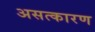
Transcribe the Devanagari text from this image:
असत्कारण